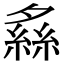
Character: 𦂞